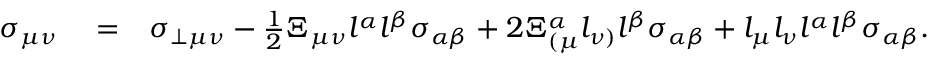
\begin{array} { r l r } { \sigma _ { \mu \nu } } & { { } = } & { \sigma _ { \perp \mu \nu } - \frac { 1 } { 2 } \Xi _ { \mu \nu } l ^ { \alpha } l ^ { \beta } \sigma _ { \alpha \beta } + 2 \Xi _ { ( \mu } ^ { \alpha } l _ { \nu ) } l ^ { \beta } \sigma _ { \alpha \beta } + l _ { \mu } l _ { \nu } l ^ { \alpha } l ^ { \beta } \sigma _ { \alpha \beta } . } \end{array}